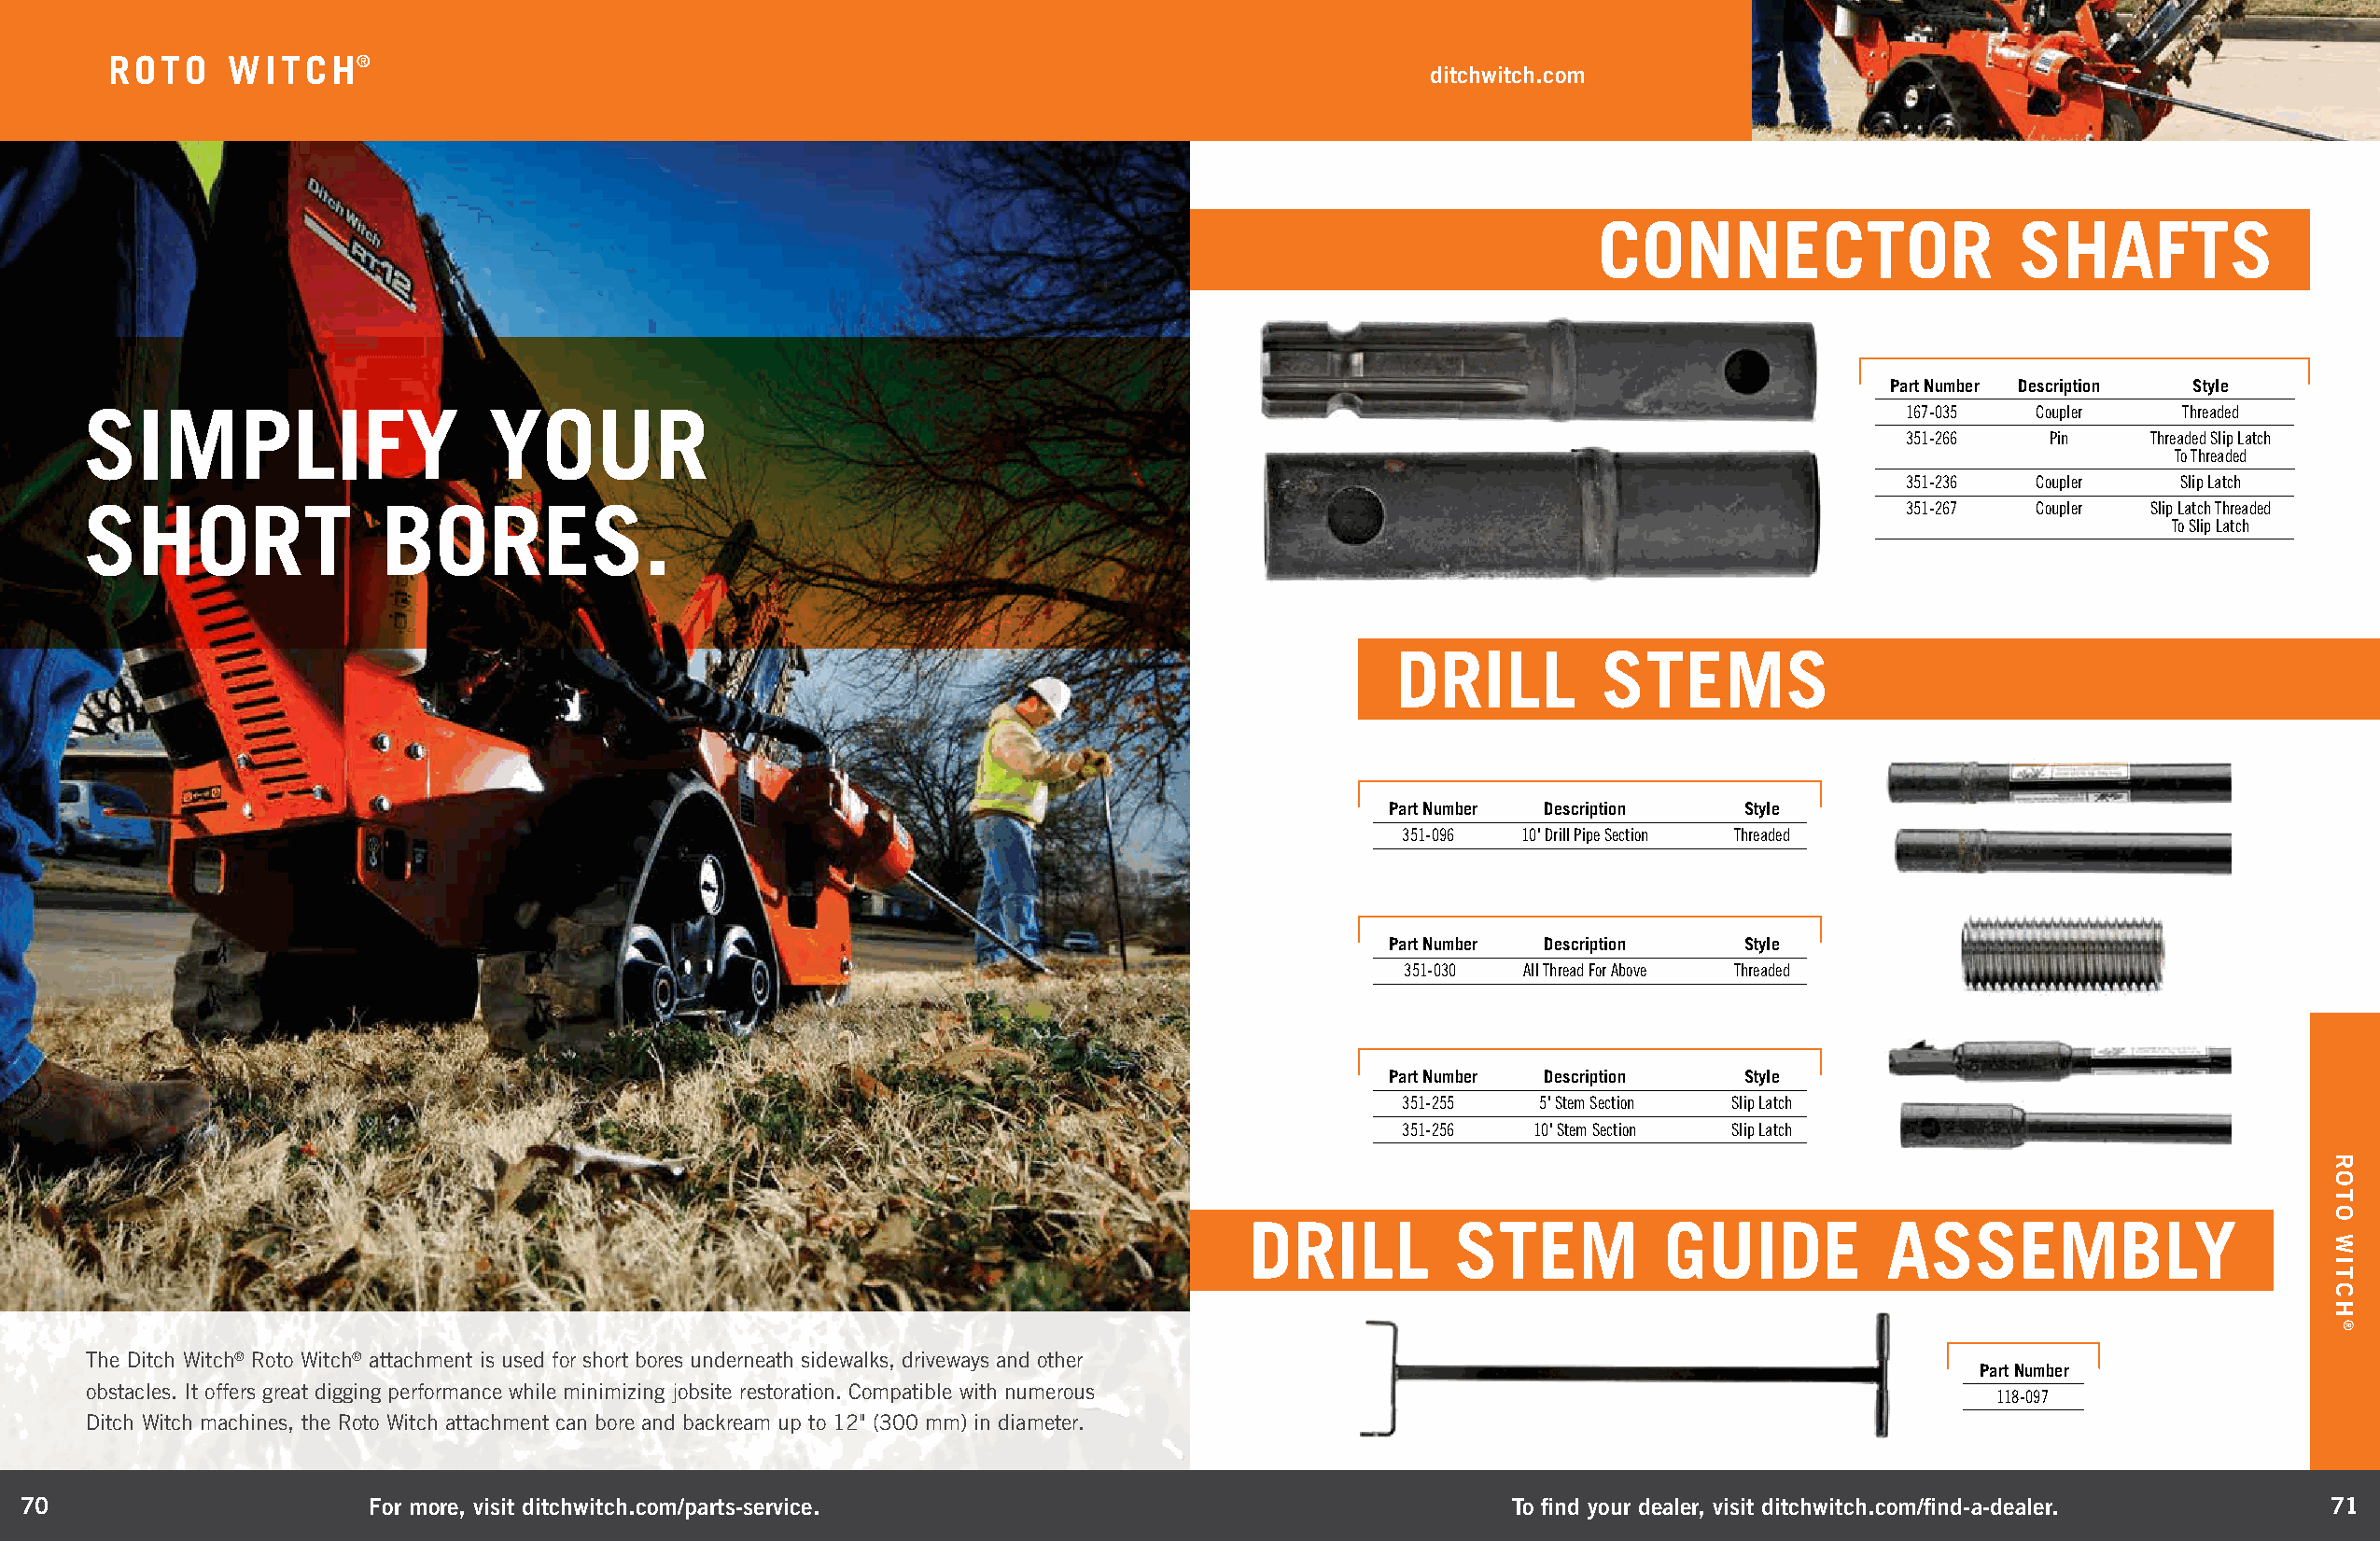
ROTO    WITCH®
 ditchwitch.com
 CONNECTOR                     SHAFTS
 Part Number Description Style
 SIMPLIFY                     YOUR                                                                                                167-035  Coupler    Threaded
 351-266   Pin     Threaded Slip Latch
 To Threaded
 351-236  Coupler    Slip Latch
 SHORT                BORES.                                                                                                      351-267  Coupler  Slip Latch Threaded
 To Slip Latch
 DRILL          STEMS
 Part Number Description  Style
 351-096  10' Drill Pipe Section Threaded
 Part Number Description  Style
 351-030 All Thread For Above Threaded
 Part Number Description  Style
 351-255   5' Stem Section Slip Latch
 351-256   10' Stem Section Slip Latch
 DRILL         STEM           GUIDE           ASSEMBLY
 The Ditch Witch® Roto Witch® attachment is used for short bores underneath sidewalks, driveways and other
 Part Number
 obstacles. It offers great digging performance while minimizing jobsite restoration. Compatible with numerous
 118-097
 Ditch Witch machines, the Roto Witch attachment can bore and backream up to 12" (300 mm) in diameter.
 70                       For more, visit ditchwitch.com/parts-service.                                    To find your dealer, visit ditchwitch.com/find-a-dealer.  71
 ROTO
 WITCH
 ®